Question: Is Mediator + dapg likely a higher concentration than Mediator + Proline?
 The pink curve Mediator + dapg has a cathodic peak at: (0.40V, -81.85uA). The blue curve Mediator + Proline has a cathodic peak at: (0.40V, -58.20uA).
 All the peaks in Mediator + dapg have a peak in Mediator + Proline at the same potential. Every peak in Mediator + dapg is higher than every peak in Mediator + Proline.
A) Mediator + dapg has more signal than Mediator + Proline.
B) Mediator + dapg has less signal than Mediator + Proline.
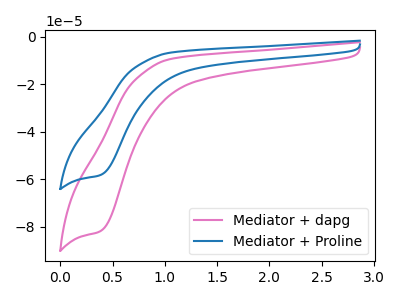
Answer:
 <answer>A) "Mediator + dapg" has more signal than "Mediator + Proline".</answer>
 <eval>A</eval>